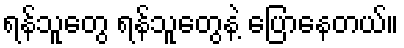
ရန်သူတွေ ရန်သူတွေနဲ့ ပြောနေတယ်။